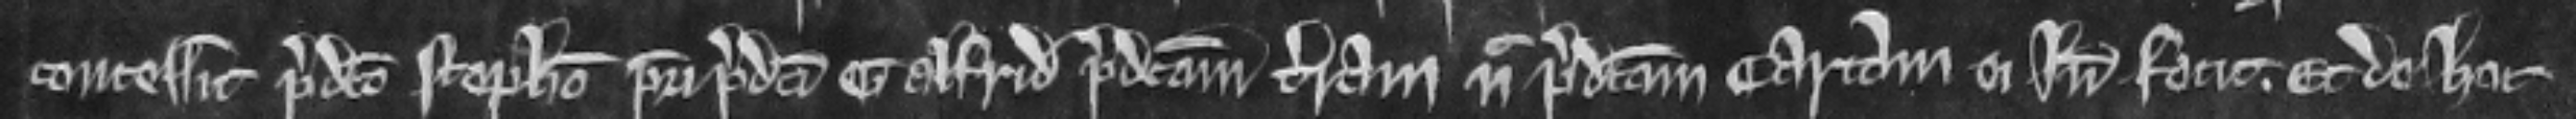
concessit predicto Stephano patri predicti Galfridi predictam terram nec predictam cartam ei inde fecit et de hoc